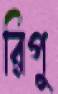
রিপু